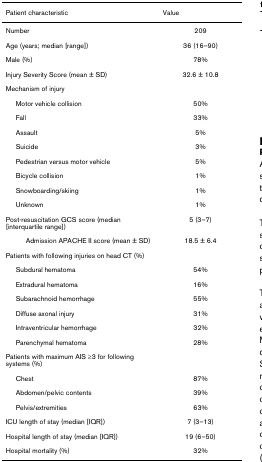
| Patient characteristic | Value |
 | --- | --- |
 | Number | 209 |
 | Age (years; median [range]) | 36 (16–90) |
 | Male (%) | 78% |
 | Injury Severity Score (mean ± SD) | 32.6 ± 10.8 |
 | Mechanism of injury |  |
 | Motor vehicle collision | 50% |
 | Fall | 33% |
 | Assault | 5% |
 | Suicide | 3% |
 | Pedestrian versus motor vehicle | 5% |
 | Bicycle collision | 1% |
 | Snowboarding/skiing | 1% |
 | Unknown | 1% |
 | Post-resuscitation GCS score (median [interquartile range]) | 5 (3–7) |
 | Admission APACHE II score (mean ± SD) | 18.5 ± 6.4 |
 | Patients with following injuries on head CT (%) |  |
 | Subdural hematoma | 54% |
 | Extradural hematoma | 16% |
 | Subarachnoid hemorrhage | 55% |
 | Diffuse axonal injury | 31% |
 | Intraventricular hemorrhage | 32% |
 | Parenchymal hematoma | 28% |
 | Patients with maximum AIS ≥3 for following systems (%) |  |
 | Chest | 87% |
 | Abdomen/pelvic contents | 39% |
 | Pelvis/extremities | 63% |
 | ICU length of stay (median [IQR]) | 7 (3–13) |
 | Hospital length of stay (median [IQR]) | 19 (6–50) |
 | Hospital mortality (%) | 32% |